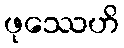
ဖုဿေဟိ